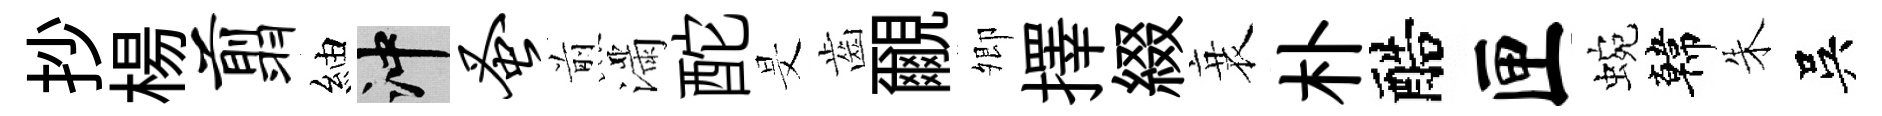
抄楊翦紬冲蚤煎滿酡旻齒覼𡖖擇綴衰朴醅匣蜿韓朱吳